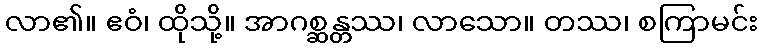
လာ၏။ ဧဝံ၊ ထိုသို့။ အာဂစ္ဆန္တဿ၊ လာသော။ တဿ၊ စကြာမင်း